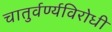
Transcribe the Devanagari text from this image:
चातुर्वर्ण्यविरोधी